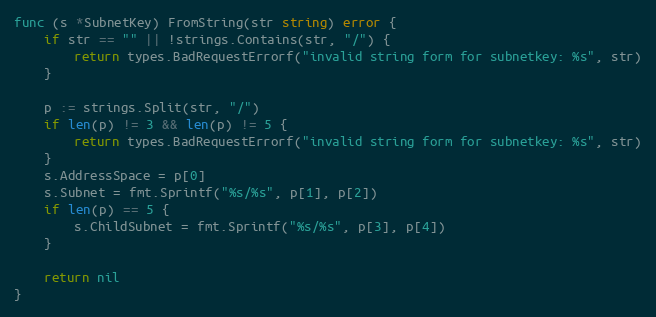
Language: Go
func (s *SubnetKey) FromString(str string) error {
	if str == "" || !strings.Contains(str, "/") {
		return types.BadRequestErrorf("invalid string form for subnetkey: %s", str)
	}

	p := strings.Split(str, "/")
	if len(p) != 3 && len(p) != 5 {
		return types.BadRequestErrorf("invalid string form for subnetkey: %s", str)
	}
	s.AddressSpace = p[0]
	s.Subnet = fmt.Sprintf("%s/%s", p[1], p[2])
	if len(p) == 5 {
		s.ChildSubnet = fmt.Sprintf("%s/%s", p[3], p[4])
	}

	return nil
}